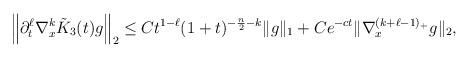
LaTeX: \begin{align*} \left\| \partial_{t}^{\ell} \nabla_{x}^{k}\tilde{K}_{3}(t)g\right\|_{2}& \le Ct^{1- \ell} (1+t)^{-\frac{n}{2}-k}\| g \|_{1} + C e^{-ct} \| \nabla^{(k+\ell-1)_{+}}_{x} g\|_{2}, \end{align*}